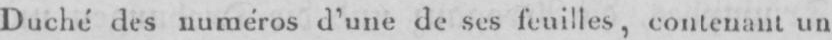
Duché des numéros d’une de ses feuilles, contenant un